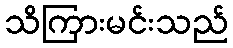
သိကြားမင်းသည်